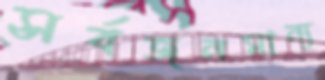
সর্বজনমান্য